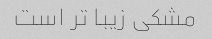
مشکی زیبا تر است